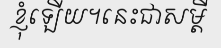
ខ្ញុំឡើយ។នេះជាសម្តី